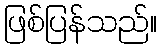
ဖြစ်ပြန်သည်။